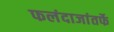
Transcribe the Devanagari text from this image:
फलंदाजांतर्फे